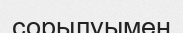
сорылуымен